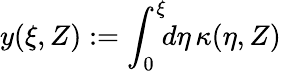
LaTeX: y(\xi,Z):=\int_{0}^{\xi}\! \! d\eta\, \kappa(\eta,Z)